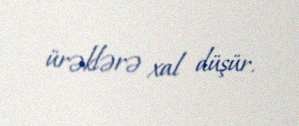
ürəklərə xal düşür.